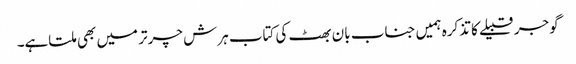
گوجر قبیلے کا تذکرہ ہمیں جناب بان بھٹ کی کتاب ہرش چرتر میں بھی ملتاہے۔